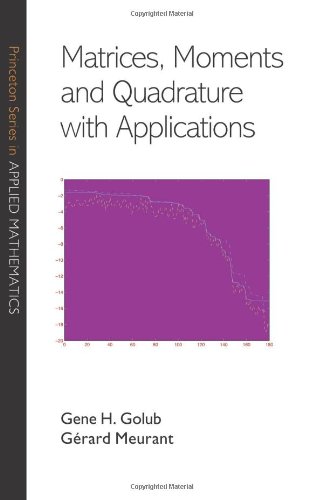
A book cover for Matrices, Moments and Quadrature with Applications (Princeton Series in Applied Mathematics); Gene H. Golub; Science & Math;